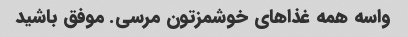
واسه همه غذاهای خوشمزتون مرسی. موفق باشید